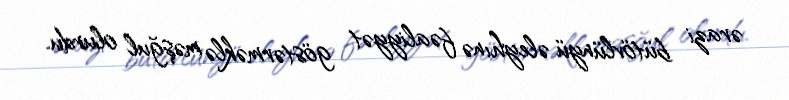
ərazi bütövlünyü əleyhınə fəaliyyət göstərməklə məşğul olurdu.